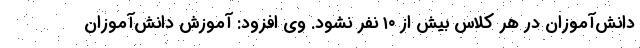
دانش‌آموزان در هر کلاس بیش از ۱۰ نفر نشود. وی افزود: آموزش دانش‌آموزان